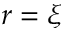
r = \xi